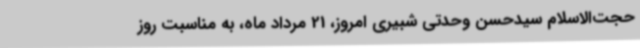
حجت‌الاسلام سیدحسن وحدتی شبیری امروز، 21 مرداد ماه، به مناسبت روز